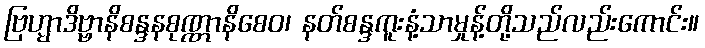
ဗြဟ္မာဒိဗ္ဗာနိစန္ဒနစုဏ္ဏာနိစေဝ၊ နတ်စန္ဒကူးနံ့သာမှုန့်တို့သည်လည်းကောင်း။